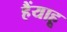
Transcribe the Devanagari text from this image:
हैंयाहू